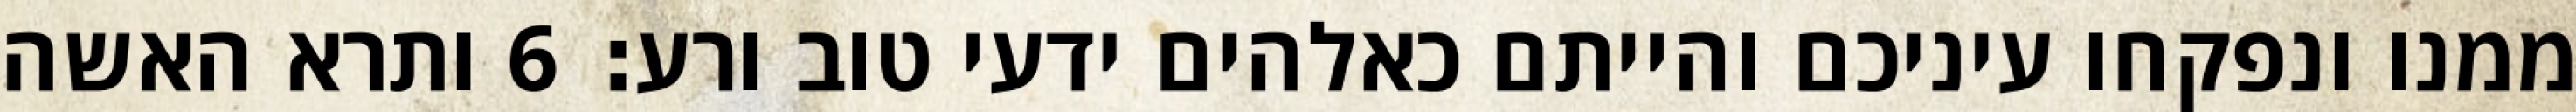
ממנו ונפקחו עיניכם והייתם כאלהים ידעי טוב ורע׃ ‎6‏ ותרא האשה